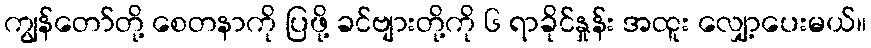
ကျွန်တော်တို့ စေတနာကို ပြဖို့ ခင်ဗျားတို့ကို ၆ ရာခိုင်နှုန်း အထူး လျှော့ပေးမယ်။